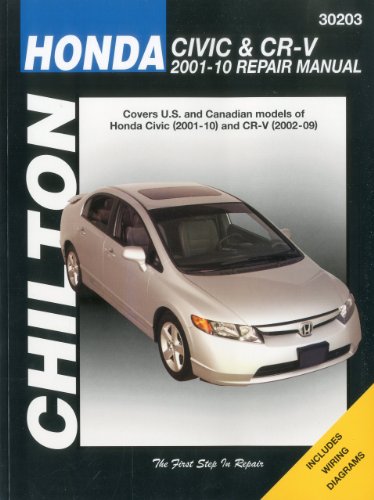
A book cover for Honda Civic 2001-2010 & CR-V 2002-2009 (Chilton's Total Car Care Repair Manual); Chilton; Engineering & Transportation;